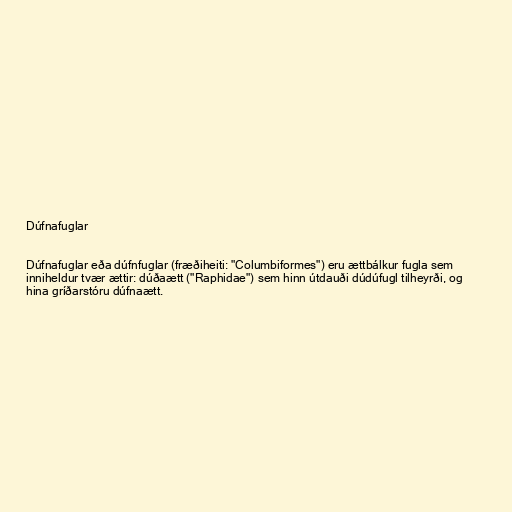
Dúfnafuglar

Dúfnafuglar eða dúfnfuglar (fræðiheiti: "Columbiformes") eru ættbálkur fugla sem
inniheldur tvær ættir: dúðaætt ("Raphidae") sem hinn útdauði dúdúfugl tilheyrði, og
hina gríðarstóru dúfnaætt.